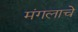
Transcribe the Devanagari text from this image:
मंगलाचे